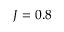
J = 0 . 8